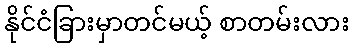
နိုင်ငံခြားမှာတင်မယ့် စာတမ်းလား